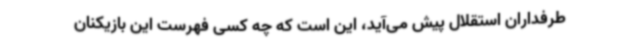
طرفداران استقلال پیش می‌آید، این است که چه کسی فهرست این بازیکنان